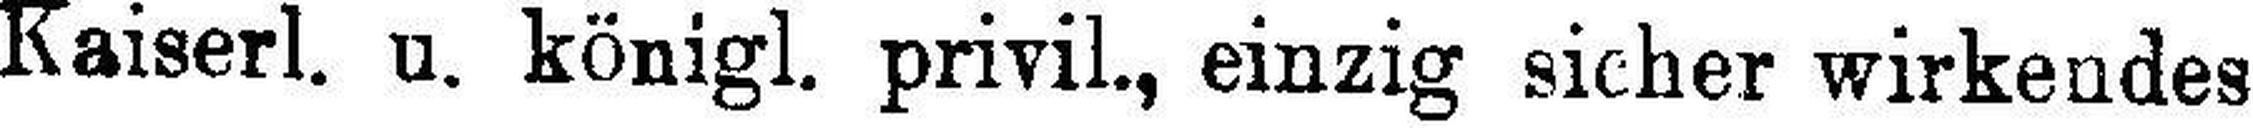
Kaiserl. u. königl. privil., einzig sicher wirkendes